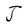
Character: J